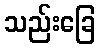
သည်းခြေ